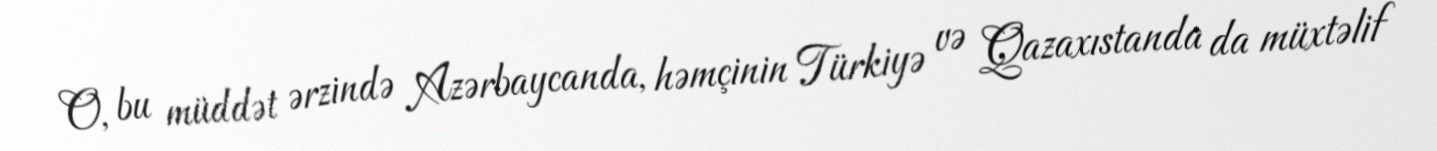
O, bu müddət ərzində Azərbaycanda, həmçinin Türkiyə və Qazaxıstanda da müxtəlif